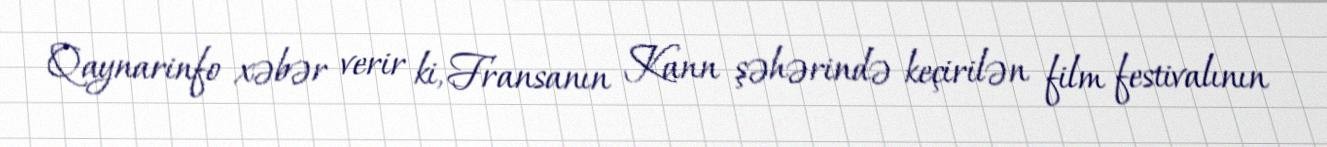
Qaynarinfo xəbər verir ki, Fransanın Kann şəhərində keçirilən film festivalının